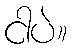
ငါပဲ။